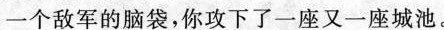
一个敌军的脑袋，你攻下了一座又一座城池。